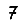
Digit: 7